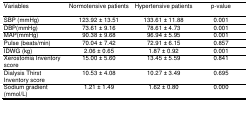
<table><thead><tr><td><b>Variables</b></td><td><b>Normotensive patients</b></td><td><b>Hypertensive patients</b></td><td><b>p-value</b></td></tr></thead><tbody><tr><td>SBP (mmHg)</td><td>123.92 ± 13.51</td><td>133.61 ± 11.88</td><td>0.001</td></tr><tr><td>DBP(mmHg)</td><td>73.61 ± 9.16</td><td>78.61 ± 4.73</td><td>0.001</td></tr><tr><td>MAP(mmHg)</td><td>90.38 ± 9.68</td><td>96.94 ± 5.95</td><td>0.001</td></tr><tr><td>Pulse (beats/min)</td><td>70.04 ± 7.42</td><td>72.91 ± 6.15</td><td>0.857</td></tr><tr><td>IDWG (kg)</td><td>2.06 ± 0.65</td><td>1.87 ± 0.92</td><td>0.001</td></tr><tr><td>Xerostomia Inventory score</td><td>15.00 ± 5.60</td><td>13.45 ± 5.59</td><td>0.841</td></tr><tr><td>Dialysis Thirst Inventory score</td><td>10.53 ± 4.08</td><td>10.27 ± 3.49</td><td>0.695</td></tr><tr><td>Sodium gradient (mmol/L)</td><td>1.21 ± 1.49</td><td>1.62 ± 0.80</td><td>0.000</td></tr></tbody></table>